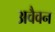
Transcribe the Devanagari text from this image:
अवैवन